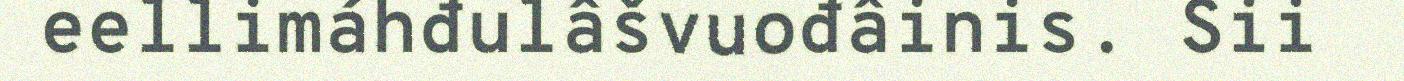
eellimáhđulâšvuođâinis. Sii